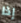
إذا